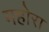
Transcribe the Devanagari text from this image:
महोरा